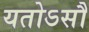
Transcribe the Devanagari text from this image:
यतोऽसौ